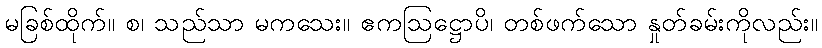
မခြစ်ထိုက်။ စ၊ သည်သာ မကသေး။ ဧကဩဋ္ဌောပိ၊ တစ်ဖက်သော နှုတ်ခမ်းကိုလည်း။